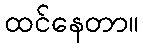
ထင်နေတာ။